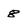
Character: 8